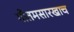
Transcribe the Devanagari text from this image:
गौतमसारखाच